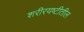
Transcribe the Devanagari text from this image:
शरीरयष्टीतील